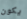
يكون